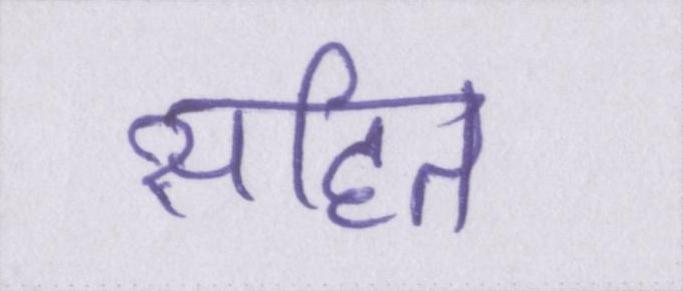
सहित